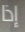
إذا